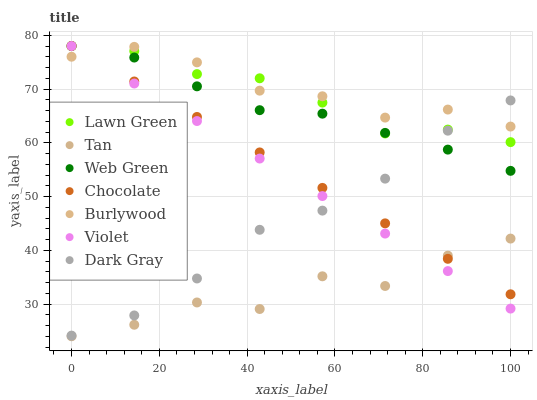
| xaxis_label | Lawn Green | Tan | Web Green | Chocolate | Burlywood | Violet | Dark Gray |
 | --- | --- | --- | --- | --- | --- | --- | --- |
 | 0 | 78 | 24 | 78 | 78 | 76 | 78 | 24.1 |
 | 14.3 | 77.1 | 26.1 | 75.9 | 71.4 | 77.8 | 71 | 27.9 |
 | 28.6 | 72.8 | 30.3 | 70.5 | 64.8 | 75 | 64 | 34.7 |
 | 42.9 | 72 | 29.1 | 66.1 | 58.2 | 69.7 | 57.1 | 43.8 |
 | 57.1 | 67.5 | 35.2 | 65.4 | 51.6 | 68.6 | 50.1 | 47.4 |
 | 71.4 | 61.7 | 33.4 | 61.8 | 45 | 64.7 | 43.1 | 53.3 |
 | 85.7 | 62.5 | 39 | 58.7 | 38.4 | 66.2 | 36.1 | 62.2 |
 | 100 | 60.1 | 42.2 | 54.8 | 31.8 | 63 | 29.1 | 67.9 |